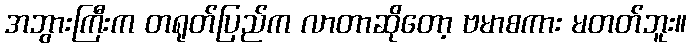
အဘွားကြီးက တရုတ်ပြည်က လာတာဆိုတော့ ဗမာစကား မတတ်ဘူး။